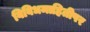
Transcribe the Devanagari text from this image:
विविधमाहितीपर